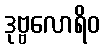
ဒုဗ္ဗလောရိဝ